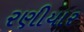
રણીયાર